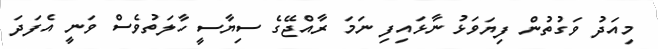
މިއަދު ވަގުތުން ފިޔަވަޅު ނާޅައިފި ނަމަ ރާއްޖޭގެ ސިޔާސީ ހާލަތުވެސް ވަނީ އެފަދަ